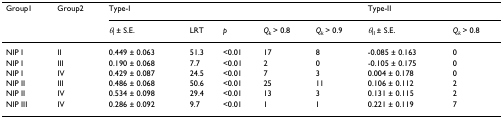
| Group1 | Group2 | <COLSPAN=5> Type-I | <COLSPAN=2> Type-II |
 |  |  | θI ± S.E. | LRT | p | Qk > 0.8 | Qk > 0.9 | θII ± S.E. | Qk > 0.8 |
 | --- | --- | --- | --- | --- | --- | --- | --- | --- |
 | NIP I | II | 0.449 ± 0.063 | 51.3 | <0.01 | 17 | 8 | -0.085 ± 0.163 | 0 |
 | NIP I | III | 0.190 ± 0.068 | 7.7 | <0.01 | 2 | 0 | -0.105 ± 0.175 | 0 |
 | NIP I | IV | 0.429 ± 0.087 | 24.5 | <0.01 | 7 | 3 | 0.004 ± 0.178 | 0 |
 | NIP II | III | 0.486 ± 0.068 | 50.6 | <0.01 | 25 | 11 | 0.106 ± 0.112 | 2 |
 | NIP II | IV | 0.534 ± 0.098 | 29.4 | <0.01 | 13 | 3 | 0.131 ± 0.115 | 2 |
 | NIP III | IV | 0.286 ± 0.092 | 9.7 | <0.01 | 1 | 1 | 0.221 ± 0.119 | 7 |